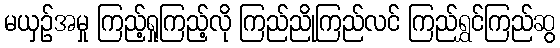
မယှဉ်အမှု ကြည့်ရှုကြည့်လို ကြည်ညိုကြည်လင် ကြည်ရွှင်ကြည်ဆွ